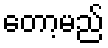
တော့မည်